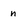
Character: n